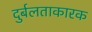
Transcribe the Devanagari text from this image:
दुर्बलताकारक